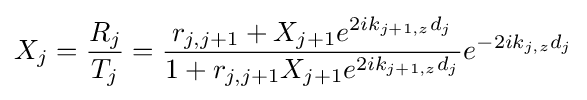
X_{j}={\frac {R_{j}}{T_{j}}}={\frac {r_{j,j+1}+X_{j+1}e^{2ik_{j+1,z}d_{j}}}{1+r_{j,j+1}X_{j+1}e^{2ik_{j+1,z}d_{j}}}}e^{-2ik_{j,z}d_{j}}